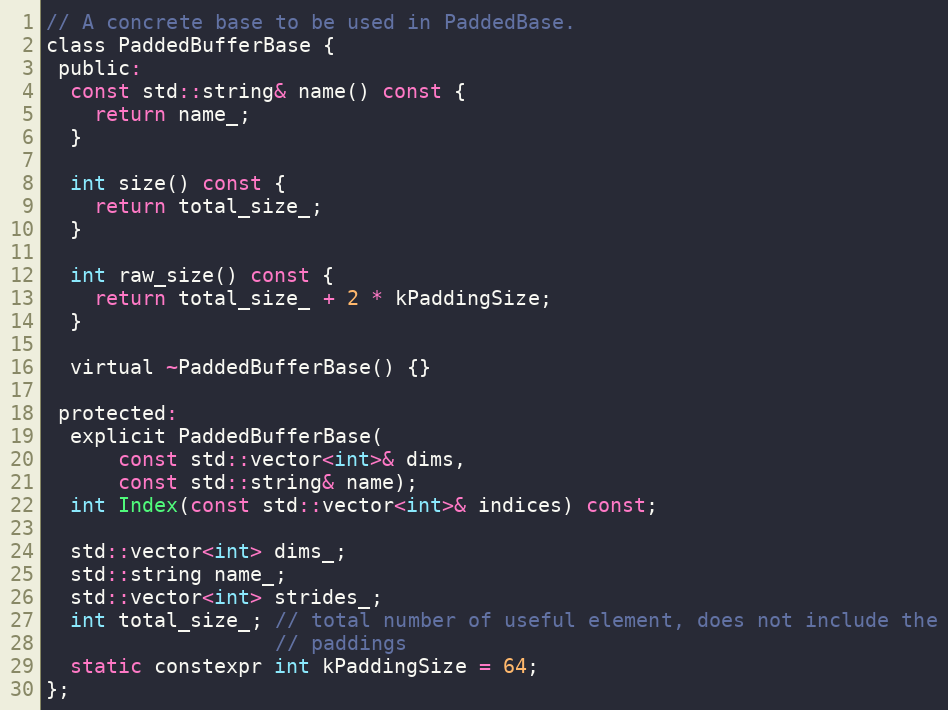
Language: C
// A concrete base to be used in PaddedBase.
class PaddedBufferBase {
 public:
  const std::string& name() const {
    return name_;
  }

  int size() const {
    return total_size_;
  }

  int raw_size() const {
    return total_size_ + 2 * kPaddingSize;
  }

  virtual ~PaddedBufferBase() {}

 protected:
  explicit PaddedBufferBase(
      const std::vector<int>& dims,
      const std::string& name);
  int Index(const std::vector<int>& indices) const;

  std::vector<int> dims_;
  std::string name_;
  std::vector<int> strides_;
  int total_size_; // total number of useful element, does not include the
                   // paddings
  static constexpr int kPaddingSize = 64;
};